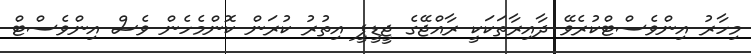
މިހާރު އިންވެސްޓްކުރެވޭ ދާއިރާތަކަކީ ރާއްޖޭގެ ޖީޑީޕީ އިތުރު ކުރަން ކޮންމެހެން ވެސް އިންވެސްޓް